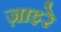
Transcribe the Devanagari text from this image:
ज़ाइरे